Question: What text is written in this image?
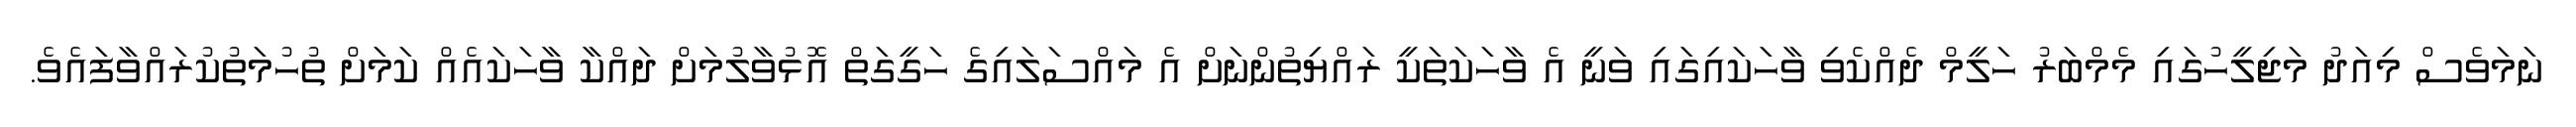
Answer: ނަމަވެސް މިއަދު މަޖިލީހުގައި މެމްބަރު ހަލީމް ދެއްކެވި ވާހަކައިގައި ވަނީ އެ ވާހަކަތަކީ ރައްޔިތުންނަށް އެ މައްސަލައިގެ ހަގީގަތް އޮޅުވާލުމަށް ދައްކާ ވާހަކައެއް ކަމަށް ތުހުމަތުކުރައްވާފައެވެ.